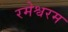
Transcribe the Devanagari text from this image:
रमेश्वरम